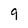
Character: 9